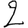
Digit: 2